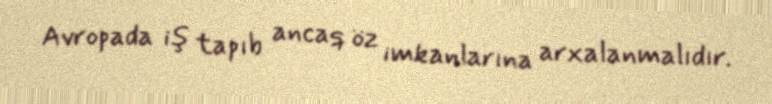
Avropada iş tapıb ancaq öz imkanlarına arxalanmalıdır.